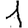
Digit: 1